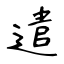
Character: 遣